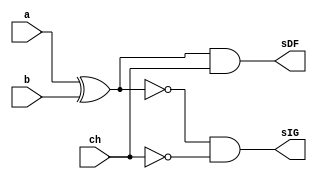
// ------------------------- 
// Exemplo0036
// Nome: Marcio Santana Correa

module AU (output sIG, output sDF, input a, input b, input ch);
			  
	wire notCH,xorAB,xnorAB;
	
	not NOT1   (notCH, ch);
	xor XOR1   (xorAB, a, b);
	xnor XNOR1 (xnorAB, a, b);
	and AND1   (sDF, xorAB, ch);
	and AND2   (sIG, xnorAB, notCH);
endmodule 

module test_AU;
// ------------------------- definir dados
   reg x;
	reg y;
	reg ch;
	wire w;
	wire z;
	
	AU modulo (w, z, x, y, ch);
	
	initial begin: start
		x = 0; 
		y = 0;
		ch= 0;
	end
	
// ------------------------- parte principal
   initial begin
      $display("Exemplo0036 - Marcio Santana Correa - 345368");
      $display("Test LU's module");
		$display ("---------------- CHAVE = 0 --------------------");
		$monitor("a = %b b = %b sIG = %b",x,y,w);
		#1
		x = 0; y = 1; ch = 0;
		#1
		x = 1; y = 0; ch = 0;
		#1
		x = 1; y = 1; ch = 0;
		#1
		$display ("---------------- CHAVE = 1 --------------------");
		$monitor("a = %b b = %b sDIF = %b",x,y,z);
		x = 0; y = 0; ch = 1;
		#1
		x = 0; y = 1; ch = 1;
		#1 
		x = 1; y = 0; ch = 1;
		#1 
		x = 1; y = 1; ch = 1;						
   end
endmodule // test_LU

/*
    Exemplo0036 - Marcio Santana Correa 345368
    Test LU's module
    ---------------- CHAVE = 0 --------------------
    a = 0 b = 0 sIG = 1
    a = 0 b = 1 sIG = 0
    a = 1 b = 0 sIG = 0
    a = 1 b = 1 sIG = 1
    ---------------- CHAVE = 1 --------------------
    a = 0 b = 0 sDIF = 0
    a = 0 b = 1 sDIF = 1
    a = 1 b = 0 sDIF = 1
    a = 1 b = 1 sDIF = 0
*/